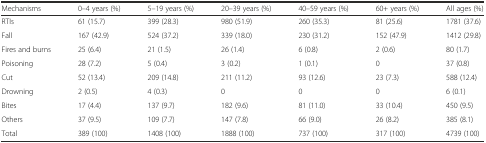
<table><thead><tr><td><b>Mechanisms</b></td><td><b>0–4 years (%)</b></td><td><b>5–19 years (%)</b></td><td><b>20–39 years (%)</b></td><td><b>40–59 years (%)</b></td><td><b>60+ years (%)</b></td><td><b>All ages (%)</b></td></tr></thead><tbody><tr><td>RTIs</td><td>61 (15.7)</td><td>399 (28.3)</td><td>980 (51.9)</td><td>260 (35.3)</td><td>81 (25.6)</td><td>1781 (37.6)</td></tr><tr><td>Fall</td><td>167 (42.9)</td><td>524 (37.2)</td><td>339 (18.0)</td><td>230 (31.2)</td><td>152 (47.9)</td><td>1412 (29.8)</td></tr><tr><td>Fires and burns</td><td>25 (6.4)</td><td>21 (1.5)</td><td>26 (1.4)</td><td>6 (0.8)</td><td>2 (0.6)</td><td>80 (1.7)</td></tr><tr><td>Poisoning</td><td>28 (7.2)</td><td>5 (0.4)</td><td>3 (0.2)</td><td>1 (0.1)</td><td>0</td><td>37 (0.8)</td></tr><tr><td>Cut</td><td>52 (13.4)</td><td>209 (14.8)</td><td>211 (11.2)</td><td>93 (12.6)</td><td>23 (7.3)</td><td>588 (12.4)</td></tr><tr><td>Drowning</td><td>2 (0.5)</td><td>4 (0.3)</td><td>0</td><td>0</td><td>0</td><td>6 (0.1)</td></tr><tr><td>Bites</td><td>17 (4.4)</td><td>137 (9.7)</td><td>182 (9.6)</td><td>81 (11.0)</td><td>33 (10.4)</td><td>450 (9.5)</td></tr><tr><td>Others</td><td>37 (9.5)</td><td>109 (7.7)</td><td>147 (7.8)</td><td>66 (9.0)</td><td>26 (8.2)</td><td>385 (8.1)</td></tr><tr><td>Total</td><td>389 (100)</td><td>1408 (100)</td><td>1888 (100)</td><td>737 (100)</td><td>317 (100)</td><td>4739 (100)</td></tr></tbody></table>